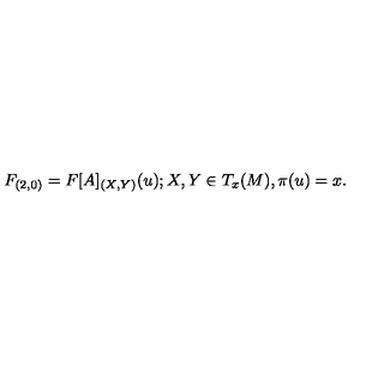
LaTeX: F _ { ( 2 , 0 ) } = F [ A ] _ { ( X , Y ) } ( u ) ; X , Y \in T _ { x } ( M ) , \pi ( u ) = x .